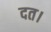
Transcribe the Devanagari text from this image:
दत।